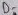
Text: D-